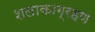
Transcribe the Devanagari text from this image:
शलाकाग्रहण